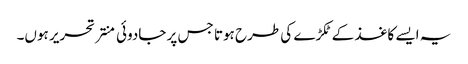
یہ ایسے کاغذ کے ٹکڑے کی طرح ہوتا جس پر جادوئی منتر تحریر ہوں۔